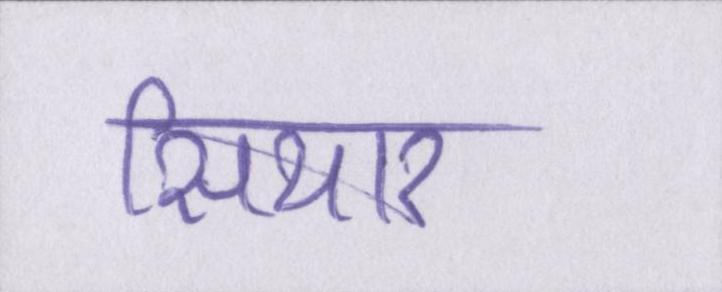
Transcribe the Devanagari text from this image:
सियार